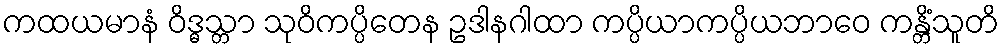
ကထယမာနံ ဝိဒ္ဓသ္တာ သုဝိကပ္ပိတေန ဥဒါနဂါထာ ကပ္ပိယာကပ္ပိယဘာဝေ ကန္တိံသူတိ